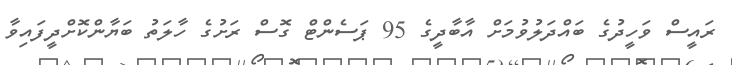
ރައީސް ވަހީދުގެ ބައްދަލުވުމަށް އާބާދީގެ 95 ޕަސެންޓް ގޮސް ރަށުގެ ހާލަތު ބަޔާންކޮށްދީފައިވާ